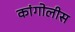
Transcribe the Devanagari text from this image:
कांगोलीस